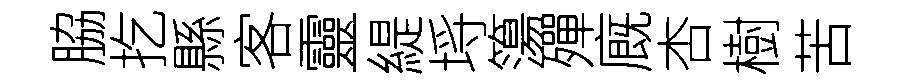
脇扢縣客靈緹埓簜殫廐杏樹苦